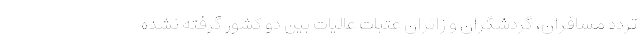
تردد مسافران، گردشگران و زائران عتبات عالیات بین دو کشور گرفته نشده